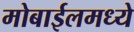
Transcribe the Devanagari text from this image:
मोबाईलमध्ये